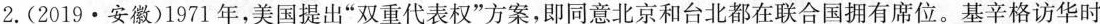
2.(2019 \cdot 安徽)1971年，美国提出”双重代表权”方案，即同意北京和台北都在联合国拥有席位。基辛格访华时